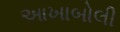
આખાબોલી